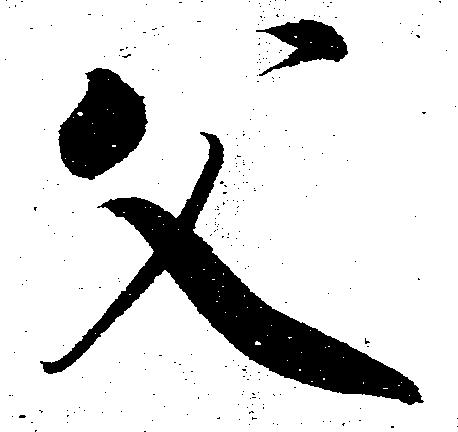
父